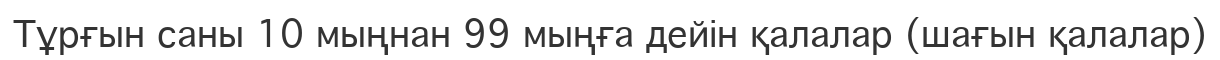
Тұрғын саны 10 мыңнан 99 мыңға дейін қалалар (шағын қалалар)